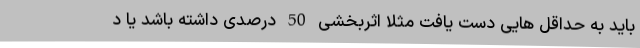
باید به حداقل هایی دست یافت مثلا اثربخشی 50 درصدی داشته باشد یا د